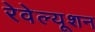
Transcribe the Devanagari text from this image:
रेवेल्यूशन